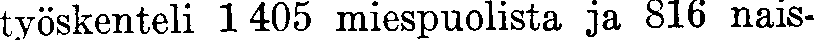
työskenteli 1 405 miespuolista ja 816 nais-